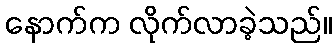
နောက်က လိုက်လာခဲ့သည်။